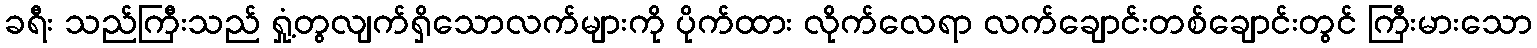
ခရီး သည်ကြီးသည် ရှုံ့တွလျက်ရှိသောလက်များကို ပိုက်ထား လိုက်လေရာ လက်ချောင်းတစ်ချောင်းတွင် ကြီးမားသော